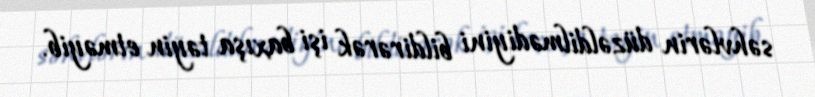
səhvlərin düzəldilmədiyini bildirərək işi baxışa təyin etməyib.